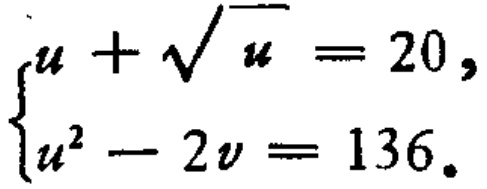
$\begin{cases}u + \sqrt{u}=20,\\u^{2}-2v = 136.\end{cases}$